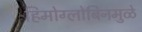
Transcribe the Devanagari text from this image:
हिमोग्लोबिनमुळे